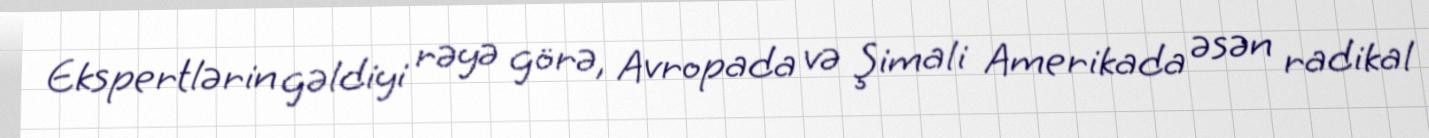
Ekspertlərin gəldiyi rəyə görə, Avropada və Şimali Amerikada əsən radikal